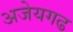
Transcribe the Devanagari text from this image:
अजेयगढ